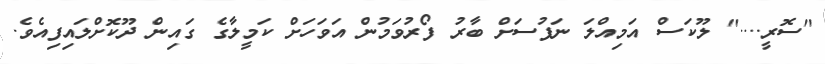
"ސޮރީ...." ލޫކަސް އަމިއްލަ ނަފުސަށް ބާރު ފޯރުވަމުން އަވަހަށް ކަމީލާގެ ގައިން ދޫކޮށްލައިފިއެވެ.